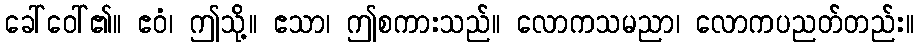
ခေါ်ဝေါ်၏။ ဧဝံ၊ ဤသို့။ ဧသာ၊ ဤစကားသည်။ လောကသမညာ၊ လောကပညတ်တည်း။